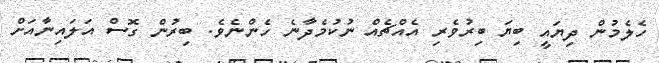
ހެލެމުން ދިޔައީ ބިޔަ ބިރުވެރި އެއްޗެއް ނުކުމެދާނެ ހެންނެވެ. ބިރުން ގޮސް އަލައިނާއަށް